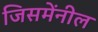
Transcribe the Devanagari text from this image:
जिसमेंनील